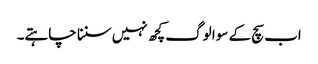
اب سچ کے سوا لوگ کچھ نہیں سننا چاہتے۔